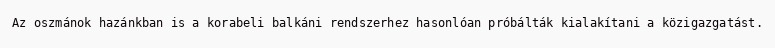
Az oszmánok hazánkban is a korabeli balkáni rendszerhez hasonlóan próbálták kialakítani a közigazgatást.